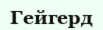
Гейгерд